Calcutta medical institutions reports 1871-78
Year: 1871
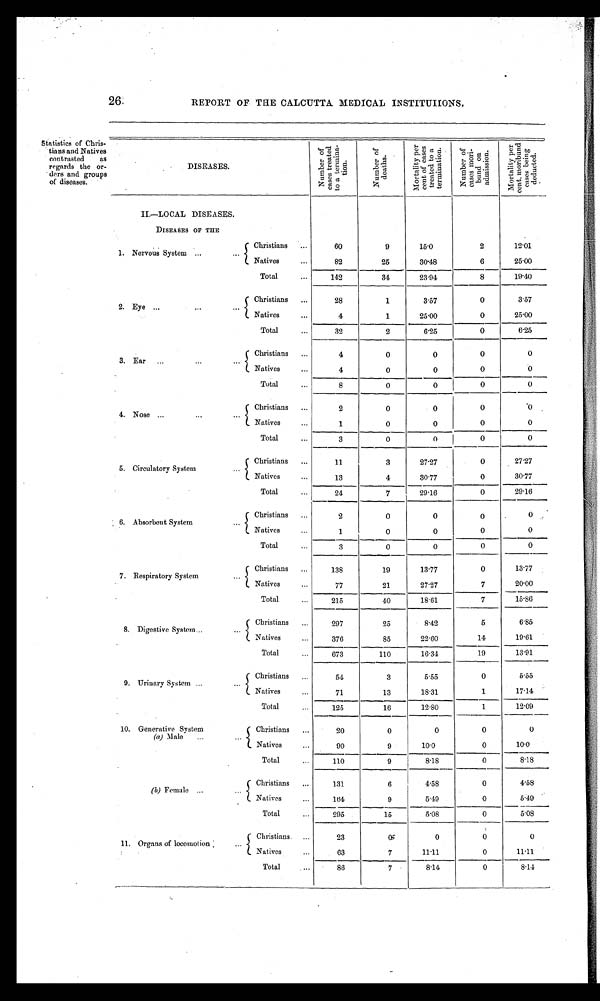
26.
REPORT OF THE CALCUTTA MEDICAL INSTITUTIONS.
St at i s t i cs of Chr i s t i ans and Natives
Contrasted as
regards the or
ders and groups
of diseases .
DISEASES.
N u m b e r o f c a s e s t r e a t e d t o a t e r m i n a t i o n .
N u m b e r o f d e a t h s .
M o r t a l i t y p e r c e n t o f c a s e s t r e a t e d t o a t e r m i n a t i o n .
N u m b e r o f c a s e s m o r i b u n d o n a d m i s s i o n .
M o r t a l i t y p e r c e n t , m o r i b u n d c a s e s b e i n g d e d u c t e d .
II.—LOCAL DISEASES.
DISEASES OF THE
1. Nervous System ... ...
Christians ...
60
9
15.0
2
12.01
Natives ...
82
25
30.48
6
25.00
Total
...
142
34
23.94
8
19.40
2. Eye ...
...
...
Christians ...
28
1
3.57
0
3.57
Natives ...
4
1
25.00
0
25.00
Total
...
32
2
6.25
0
6.25
3. Ear ...
...
...
Christians ...
4
0
0
0
0
Natives ...
4
0
0
0
0
Total ...
8
0 0 0
0
4. Nose ...
... ...
Christians ...
2
0
0
0
0
Natives ...
1
0
0
0
0
Total ... 3
0
0
0
0
5. Circulatory System
...
Christians ...
11
3
27.27
0
27.27
Natives
...
13
4
30.77
0
30.77
Total
...
24
7
29.16
0
29.16
6. Absorbent System ...
Christians ...
2
0
0
0
0
Natives ...
1
0
0
0
0
Total ...
3
0 0 0 0
7. Respiratory System
...
Christians ...
138
19
13.77
0
13.77
Natives ...
77
21
27.27
7
20.00
Total ... 215
40
18.61
7
15.86
8. Digestive System...
...
Christians ...
297
25
8.42
5
6.85
Natives ... 376
85
22.60
14
19.61
Total ... 673
110
16.34
19
13.91
9. Urinary System ... ... -
Christians ...
54
3
5.55
0
5.55
Natives
...
71
13
18.31
1
17.14
Total
...
125
16
12.80
1
12.09
10. Generative System
(a) Male
...
...
Christians ...
20
0
0
0
0
Natives
...
90
9
10.0
0
10.0
Total ...
110
9
8.18
0
8.18
(b) Female ...
...
Christians ...
131
6
4.58
0
4.58
Natives ...
164
9
5.49
0
5.49
Total
...
295
15
5.08
0
5.08
11. Organs of locomotion ...
Christians. ...
23
0
0
0
0
Natives ...
63
7
11.11
0
11.11
Total ... 86
7
8.14
0
8.14